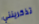
تذكرينني